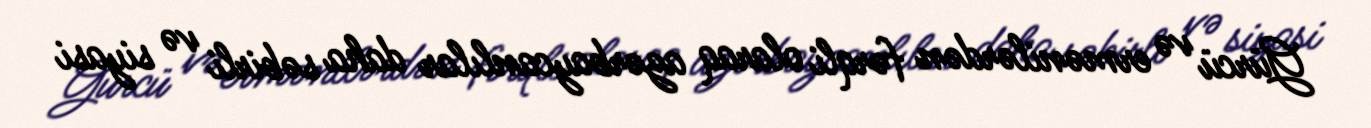
Gürcü və ermənilərdən fərqli olaraq azərbaycanlılar daha səbirli və siyasi